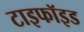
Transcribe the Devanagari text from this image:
टाइफॉइड